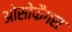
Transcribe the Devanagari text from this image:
ओसोफैगस